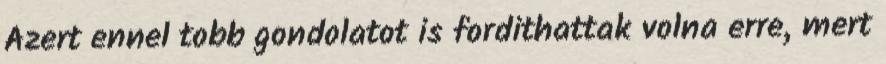
Azert ennel tobb gondolatot is fordithattak volna erre, mert